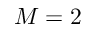
M = 2